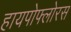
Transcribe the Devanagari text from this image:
हायपोफ्लोरस